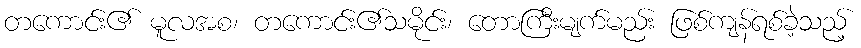
တကောင်း၏ မူလအစ၊ တကောင်း၏သမိုင်း၊ တောကြီးမျက်မည်း ဖြစ်ကျန်ရစ်ခဲ့သည့်